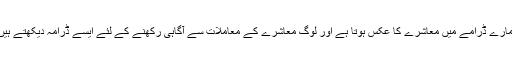
ہمارے ڈرامے میں معاشرے کا عکس ہوتا ہے اور لوگ معاشرے کے معاملات سے آگاہی رکھنے کے لئے ایسے ڈرامہ دیکھتے ہیں۔